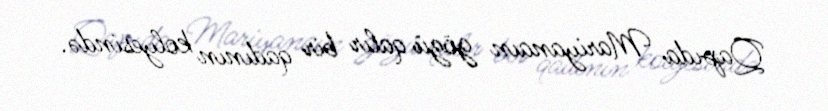
Qapıda Mariyanaın gözü qalır bir qadının kolyesində.